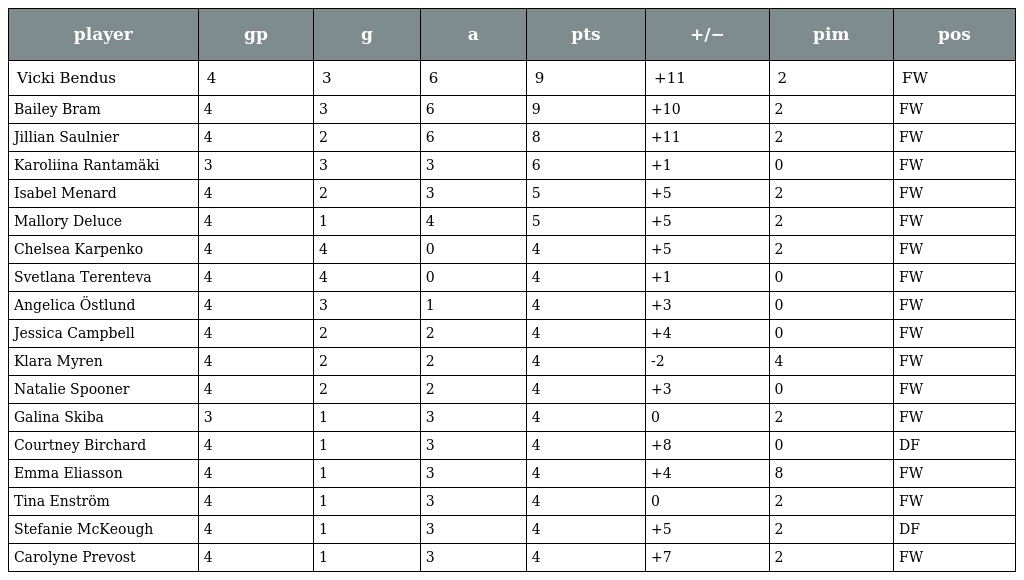
| player | gp | g | a | pts | +/− | pim | pos |
 | --- | --- | --- | --- | --- | --- | --- | --- |
 | Vicki Bendus | 4 | 3 | 6 | 9 | +11 | 2 | FW |
 | Bailey Bram | 4 | 3 | 6 | 9 | +10 | 2 | FW |
 | Jillian Saulnier | 4 | 2 | 6 | 8 | +11 | 2 | FW |
 | Karoliina Rantamäki | 3 | 3 | 3 | 6 | +1 | 0 | FW |
 | Isabel Menard | 4 | 2 | 3 | 5 | +5 | 2 | FW |
 | Mallory Deluce | 4 | 1 | 4 | 5 | +5 | 2 | FW |
 | Chelsea Karpenko | 4 | 4 | 0 | 4 | +5 | 2 | FW |
 | Svetlana Terenteva | 4 | 4 | 0 | 4 | +1 | 0 | FW |
 | Angelica Östlund | 4 | 3 | 1 | 4 | +3 | 0 | FW |
 | Jessica Campbell | 4 | 2 | 2 | 4 | +4 | 0 | FW |
 | Klara Myren | 4 | 2 | 2 | 4 | -2 | 4 | FW |
 | Natalie Spooner | 4 | 2 | 2 | 4 | +3 | 0 | FW |
 | Galina Skiba | 3 | 1 | 3 | 4 | 0 | 2 | FW |
 | Courtney Birchard | 4 | 1 | 3 | 4 | +8 | 0 | DF |
 | Emma Eliasson | 4 | 1 | 3 | 4 | +4 | 8 | FW |
 | Tina Enström | 4 | 1 | 3 | 4 | 0 | 2 | FW |
 | Stefanie McKeough | 4 | 1 | 3 | 4 | +5 | 2 | DF |
 | Carolyne Prevost | 4 | 1 | 3 | 4 | +7 | 2 | FW |